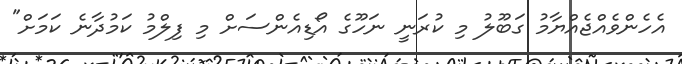
އެހެންވެއްޖެއްޔާމު ގަބޫލު މި ކުރަނީ ނަހޫގެ އޯޑިއެންސަށް މި ފިލްމު ކަމުދާނެ ކަމަށް"